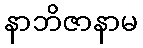
နာဘိဇာနာမ